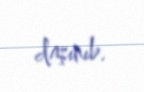
daşınıb.